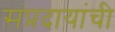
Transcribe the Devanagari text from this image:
संप्रदायांची